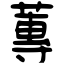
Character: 蓴